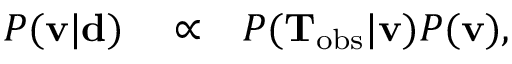
\begin{array} { r l r } { P ( { \bf v } | \mathbf { d } ) } & { { } \propto } & { P ( \mathbf { T } _ { \mathrm { o b s } } | { \bf v } ) P ( { \bf v } ) , } \end{array}